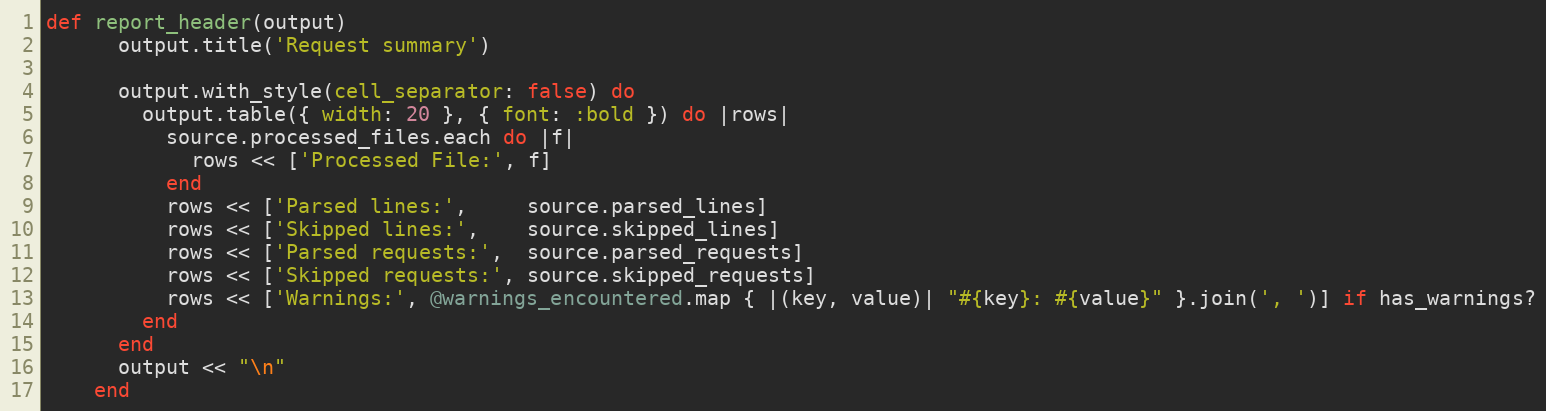
Language: Ruby
def report_header(output)
      output.title('Request summary')

      output.with_style(cell_separator: false) do
        output.table({ width: 20 }, { font: :bold }) do |rows|
          source.processed_files.each do |f|
            rows << ['Processed File:', f]
          end
          rows << ['Parsed lines:',     source.parsed_lines]
          rows << ['Skipped lines:',    source.skipped_lines]
          rows << ['Parsed requests:',  source.parsed_requests]
          rows << ['Skipped requests:', source.skipped_requests]
          rows << ['Warnings:', @warnings_encountered.map { |(key, value)| "#{key}: #{value}" }.join(', ')] if has_warnings?
        end
      end
      output << "\n"
    end